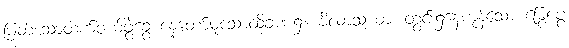
မြတ်သောထက်ဝယ်ဖွဲ့ခွေ နေတော်မူသောထိုခဏ၌။ ဗိလာသယာ၊ တွင်း၌နေကုန်သော မြွေပွေ